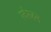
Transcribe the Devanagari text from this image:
रवेरजन